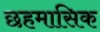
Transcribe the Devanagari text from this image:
छहमासिक